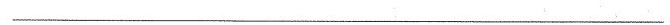
___